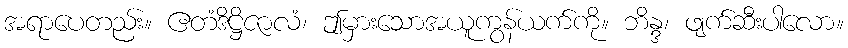
အရာပေတည်း။ ဧတံဒိဋ္ဌိဇာလံ၊ ဤမှားသောအယူကွန်ယက်ကို။ ဘိန္ဒ၊ ဖျက်ဆီးပါလော။